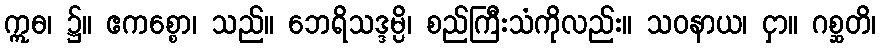
ဣဓ၊ ၌။ ဧကစ္စော၊ သည်။ ဘေရိသဒ္ဒမ္ပိ၊ စည်ကြီးသံကိုလည်း။ သဝနာယ၊ ငှာ။ ဂစ္ဆတိ၊